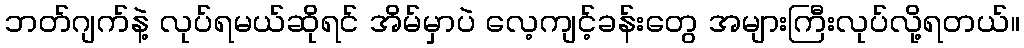
ဘတ်ဂျက်နဲ့ လုပ်ရမယ်ဆိုရင် အိမ်မှာပဲ လေ့ကျင့်ခန်းတွေ အများကြီးလုပ်လို့ရတယ်။